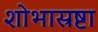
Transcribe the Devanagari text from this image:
शोभास्रष्टा